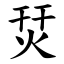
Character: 烎